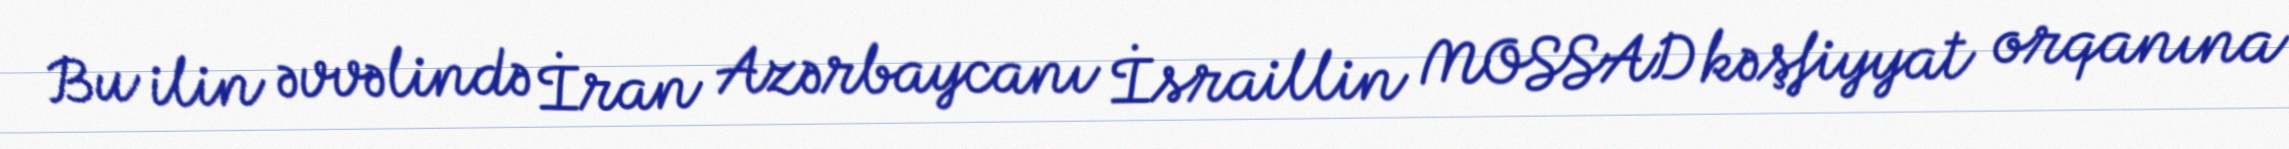
Bu ilin əvvəlində İran Azərbaycanı İsraillin MOSSAD kəşfiyyat orqanına